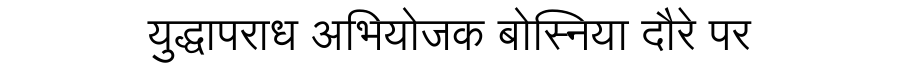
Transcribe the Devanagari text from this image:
युद्धापराध अभियोजक बोस्निया दौरे पर